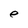
Character: e